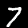
Label: 7